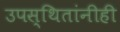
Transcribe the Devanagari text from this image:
उपस्थितांनीही